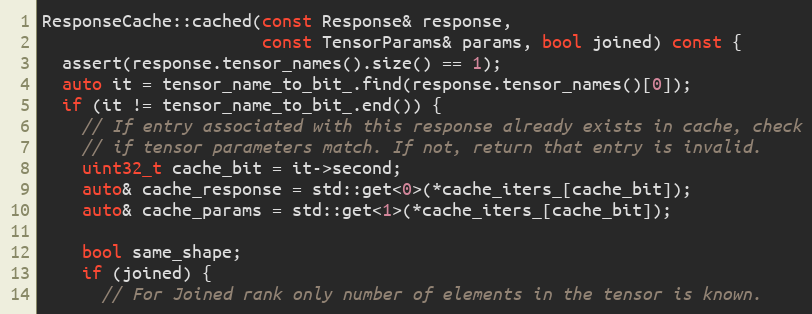
Language: C++
ResponseCache::cached(const Response& response,
                      const TensorParams& params, bool joined) const {
  assert(response.tensor_names().size() == 1);
  auto it = tensor_name_to_bit_.find(response.tensor_names()[0]);
  if (it != tensor_name_to_bit_.end()) {
    // If entry associated with this response already exists in cache, check
    // if tensor parameters match. If not, return that entry is invalid.
    uint32_t cache_bit = it->second;
    auto& cache_response = std::get<0>(*cache_iters_[cache_bit]);
    auto& cache_params = std::get<1>(*cache_iters_[cache_bit]);

    bool same_shape;
    if (joined) {
      // For Joined rank only number of elements in the tensor is known.